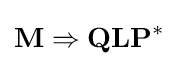
\mathbf {M} \Rightarrow \mathbf {Q} \mathbf {L} \mathbf {P} ^{*}